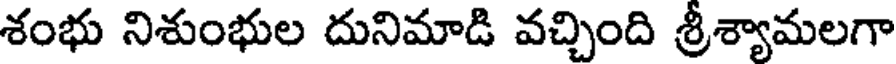
శంభు నిశుంభుల దునిమాడి వచ్చింది శ్రీశ్యామలగా